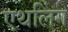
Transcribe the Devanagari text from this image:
एथलिंग